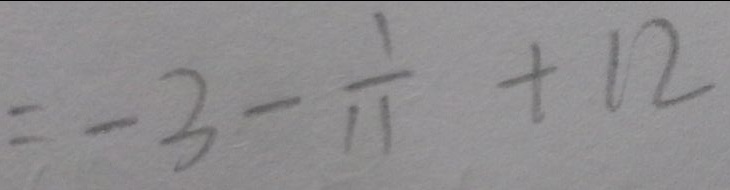
= - 3 - \frac { 1 } { 1 1 } + 1 2